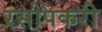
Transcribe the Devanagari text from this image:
रसोपकरी